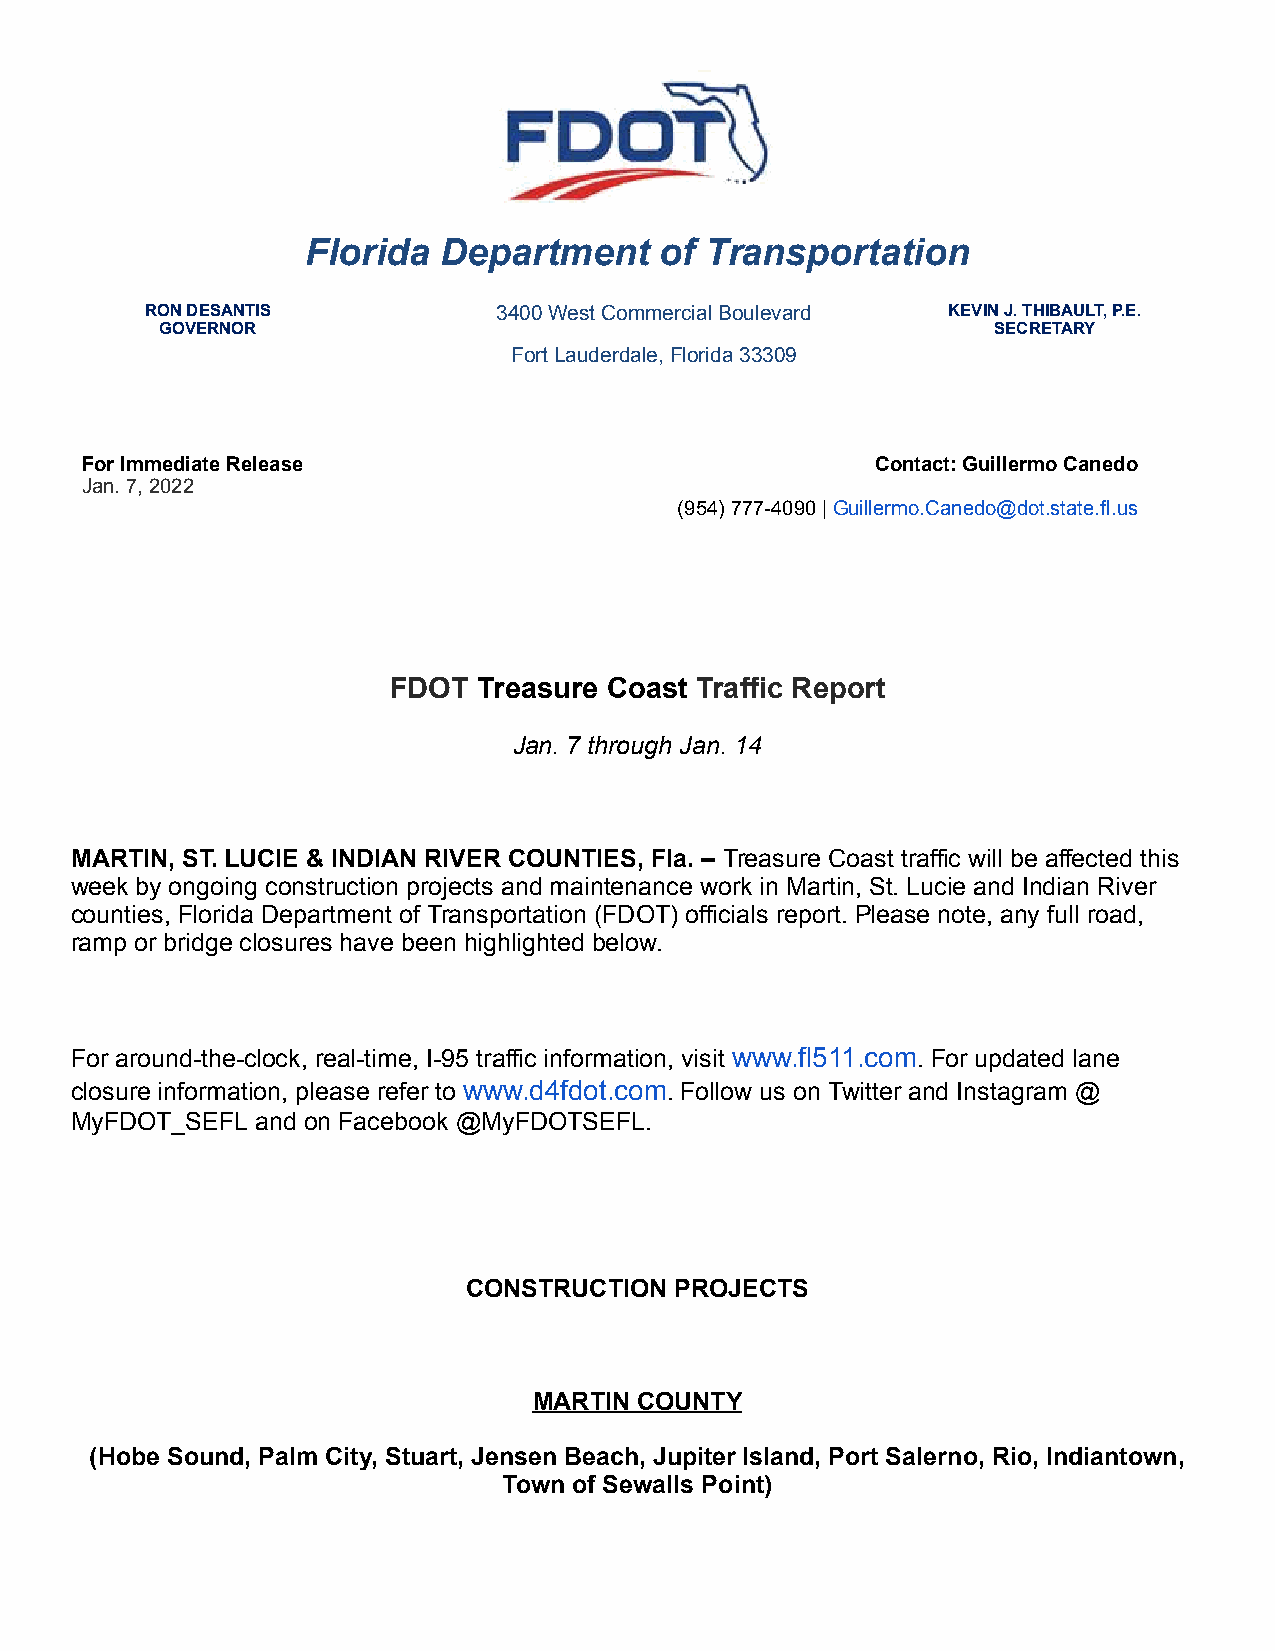
Florida  Department     of Transportation
 RON DESANTIS           3400 West Commercial Boulevard KEVIN J. THIBAULT, P.E.
 GOVERNOR                                               SECRETARY
 Fort Lauderdale, Florida 33309
 For Immediate Release                                Contact: Guillermo Canedo
 Jan. 7, 2022
 (954) 777-4090 | Guillermo.Canedo@dot.state.fl.us
 FDOT  Treasure Coast Traffic Report
 Jan. 7 through Jan. 14
 MARTIN, ST. LUCIE & INDIAN RIVER COUNTIES, Fla. – Treasure Coast traffic will be affected this
 week by ongoing construction projects and maintenance work in Martin, St. Lucie and Indian River
 counties, Florida Department of Transportation (FDOT) officials report. Please note, any full road,
 ramp or bridge closures have been highlighted below.
 For around-the-clock, real-time, I-95 traffic information, visit www.fl511.com. For updated lane
 closure information, please refer to www.d4fdot.com. Follow us on Twitter and Instagram @
 MyFDOT_SEFL and on Facebook @MyFDOTSEFL.
 CONSTRUCTION  PROJECTS
 MARTIN COUNTY
 (Hobe Sound, Palm City, Stuart, Jensen Beach, Jupiter Island, Port Salerno, Rio, Indiantown,
 Town of Sewalls Point)